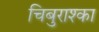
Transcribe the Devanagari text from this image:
चिबुराश्का